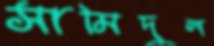
সামিদুল